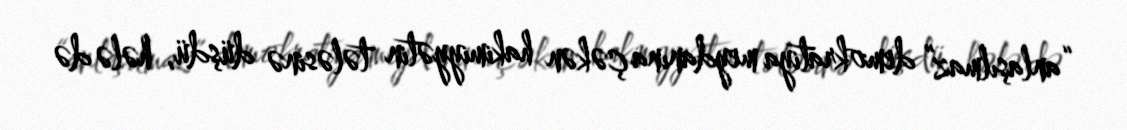
“anlaşılmaz” demokratiya meydanına çəkən hakimiyyətin tələsinə düşdü, hələ də